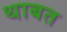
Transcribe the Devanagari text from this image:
थाबत